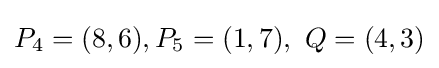
P_{4}=(8,6),P_{5}=(1,7),\ Q=(4,3)